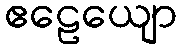
ဧဠေယျော